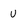
Character: U